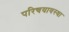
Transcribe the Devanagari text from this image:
परिचयावस्था